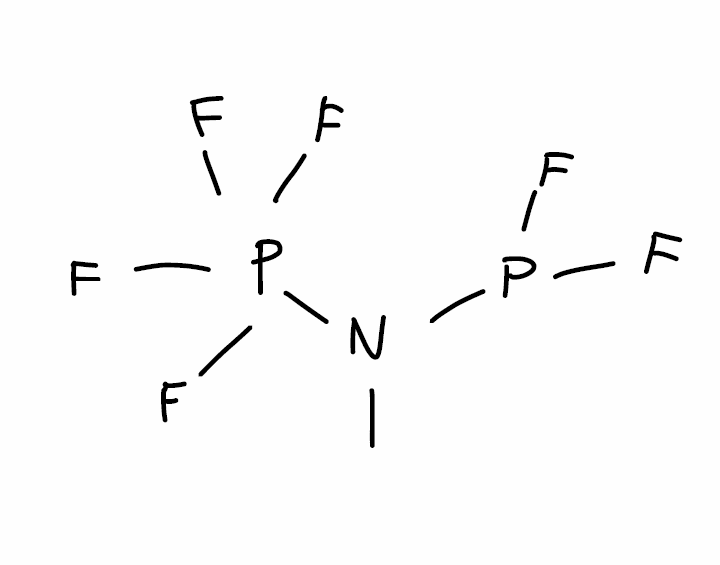
Simplified molecular-input line-entry system (SMILES) notation of the given molecule:
CN(P(F)F)P(F)(F)(F)F